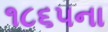
૧૮૬૫ના